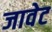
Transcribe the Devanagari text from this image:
जावेट